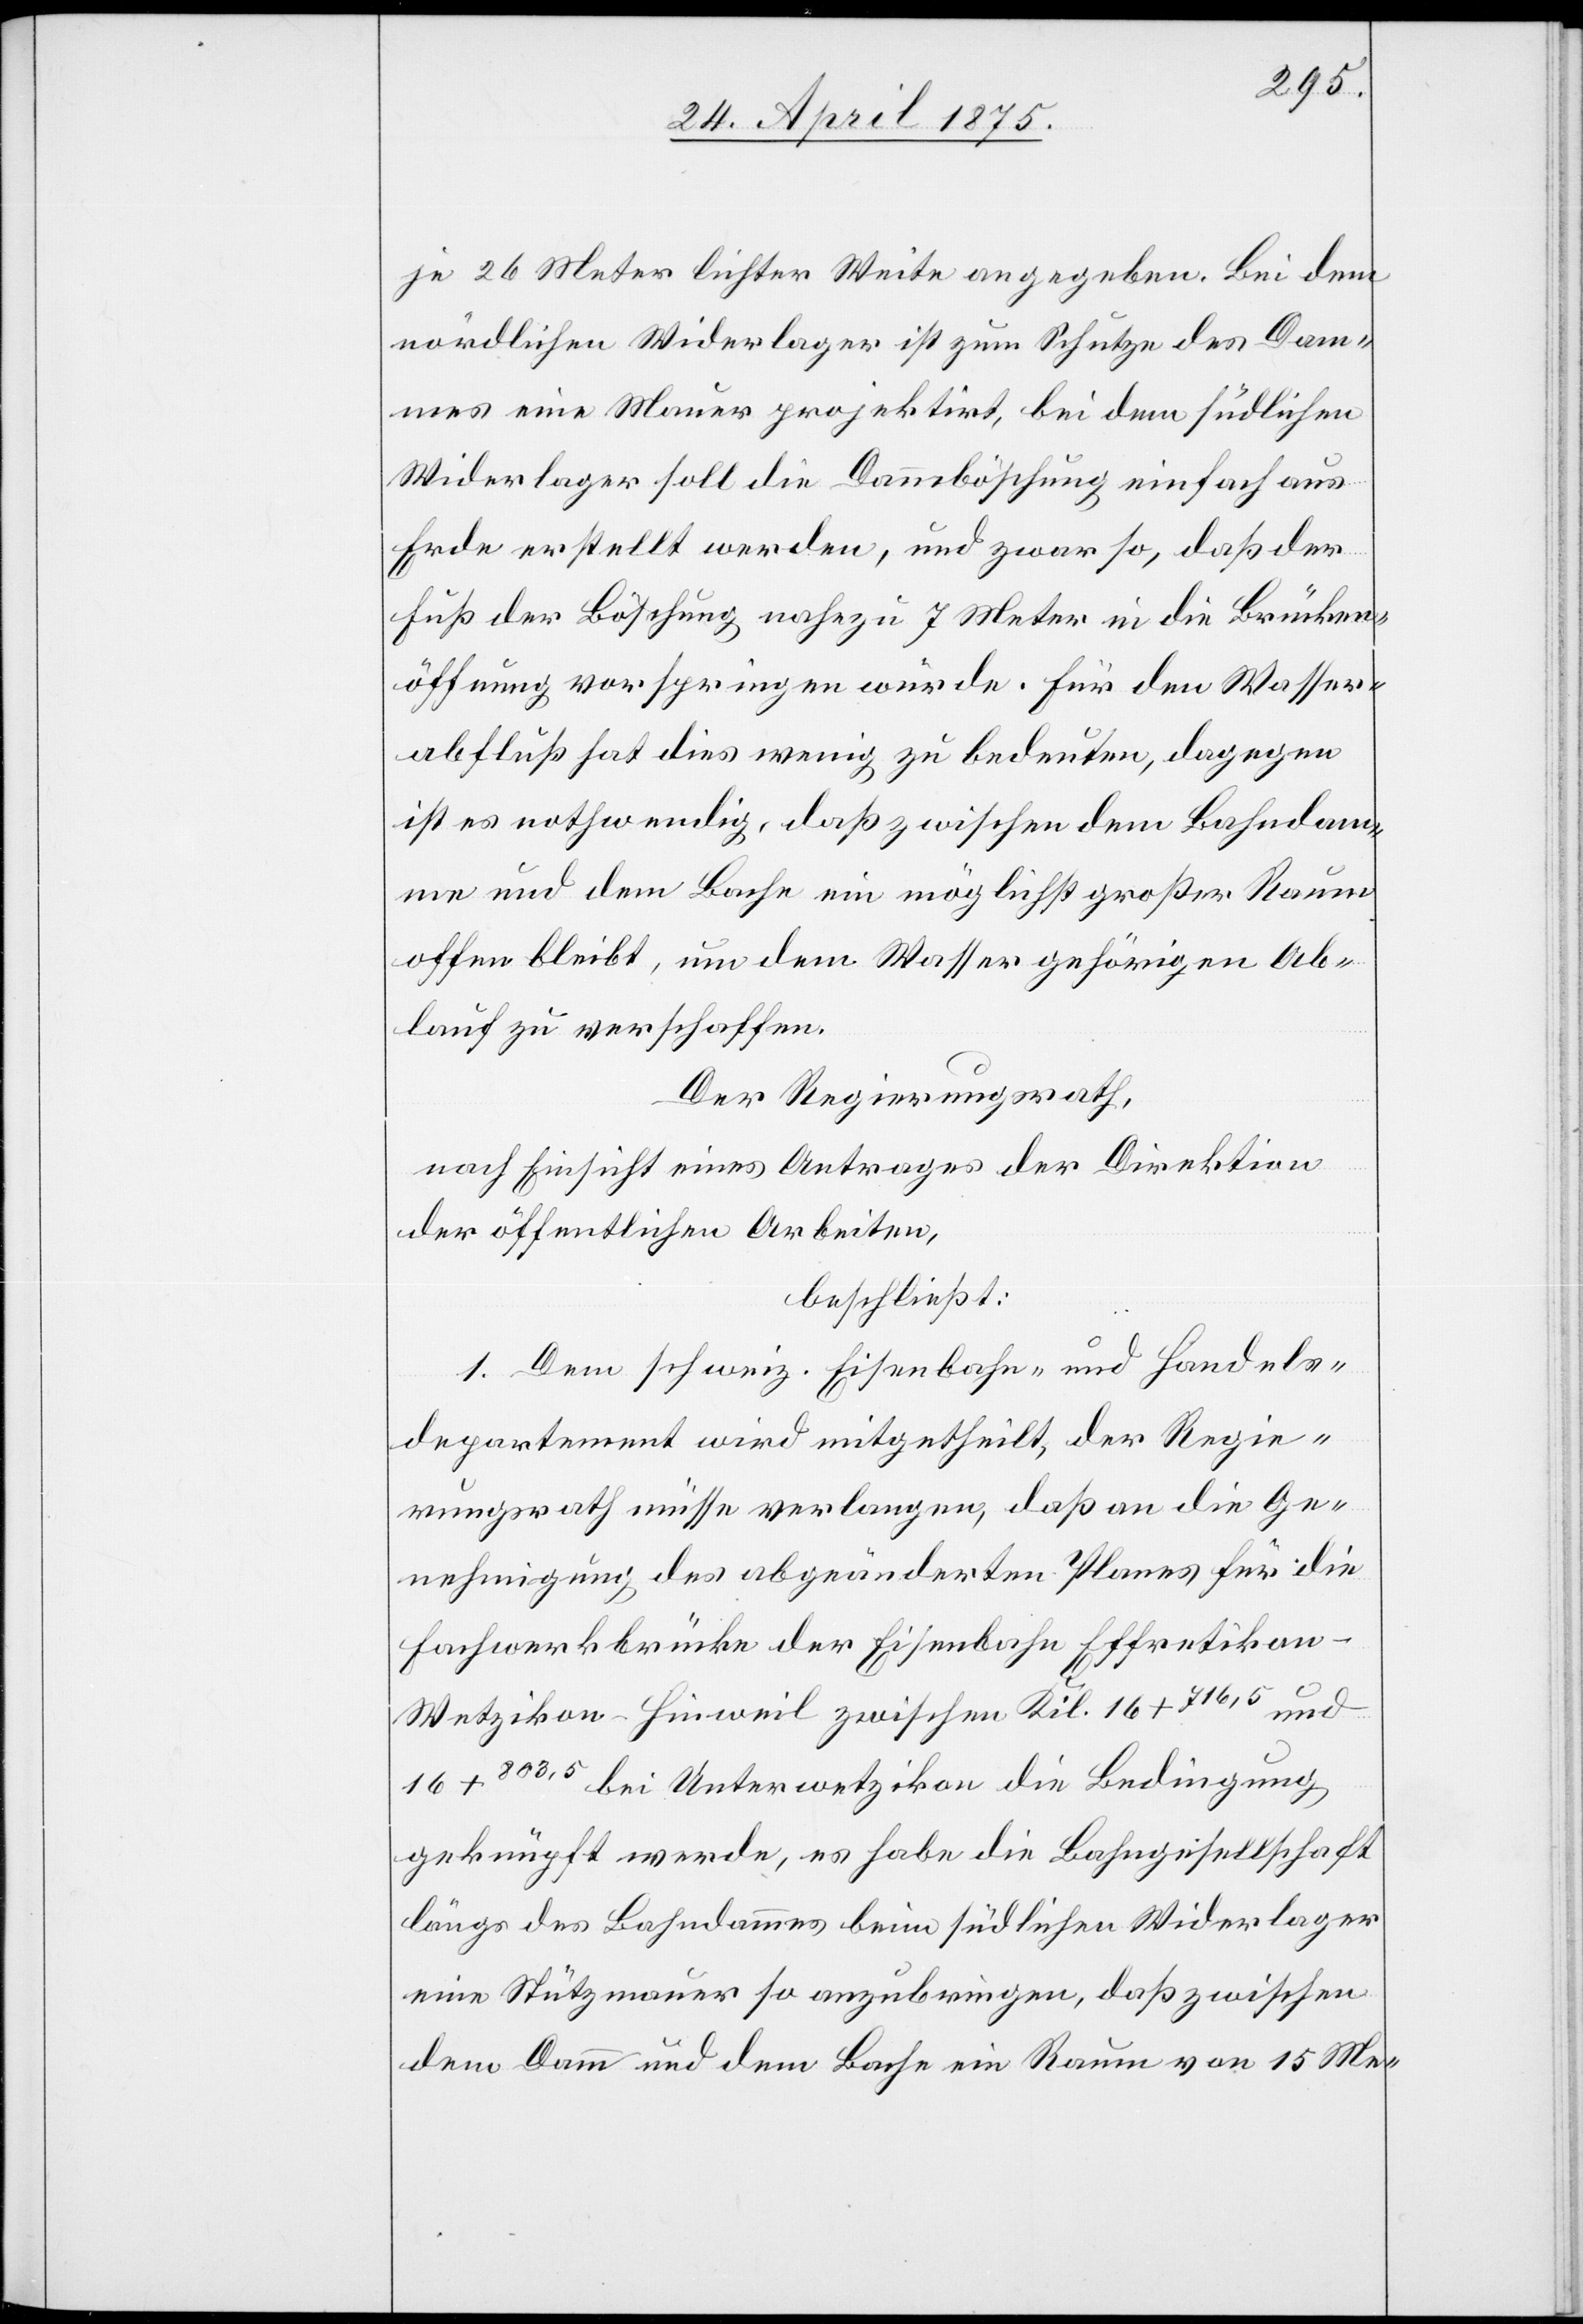
je 26 Meter lichter Weite angegeben. Bei dem
nördlichen Widerlager ist zum Schutze des Dam¬
mes eine Mauer projektirt, bei dem südlichen
Widerlager soll die Dammböschung einfach aus
Erde erstellt werden, und zwar so, daß der
Fuß der Böschung nahezu 7 Meter in die Brücken¬
öffnung vorspringen würde. Für den Wasser¬
abfluß hat dies wenig zu bedeuten, dagegen
ist es nothwendig, daß zwischen dem Bahndam¬
me und dem Bache ein möglichst großer Raum
offen bleibt, um dem Wasser gehörigen Ab¬
lauf zu verschaffen.
Der Regierungsrath,
nach Einsicht eines Antrages der Direktion
der öffentlichen Arbeiten,
beschließt:
1. Dem schweiz. Eisenbahn- und Handels¬
departement wird mitgetheilt, der Regie¬
rungsrath müsse verlangen, daß an die Ge¬
nehmigung des abgeänderten Planes für die
Fachwerkbrücke der Eisenbahn Effretikon–W¬
und
etzikon–Hinweil zwischen Kil. 16+716,5
16+803,5 bei Unterwetzikon die Bedingung
geknüpft werde, es habe die Bahngesellschaft
längs des Bahndammes beim südlichen Widerlager
eine Stützmauer so anzubringen, daß zwischen
dem Damm und dem Bache ein Raum von 15 Me-